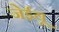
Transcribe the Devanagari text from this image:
जेईयू